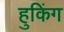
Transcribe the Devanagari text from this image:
हुकिंग